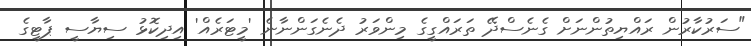
"ސަރުކާރުން ރައްޔިތުންނަށް ގެނެސްދޭ ތަރައްގީގެ މިންވަރު ދެނެގަންނާނެ 'މީޓަރެއް' އިދިކޮޅު ސިޔާސީ ޕާޓީގެ